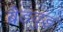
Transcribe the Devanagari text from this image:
ब्रैडवुड